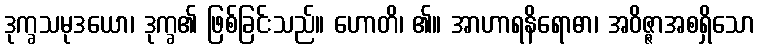
ဒုက္ခသမုဒယော၊ ဒုက္ခ၏ ဖြစ်ခြင်းသည်။ ဟောတိ၊ ၏။ အာဟာရနိရောဓာ၊ အဝိဇ္ဇာအစရှိသော